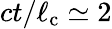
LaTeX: ct/\ell_{\mathrm{c}}\simeq 2